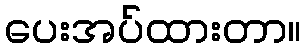
ပေးအပ်ထားတာ။